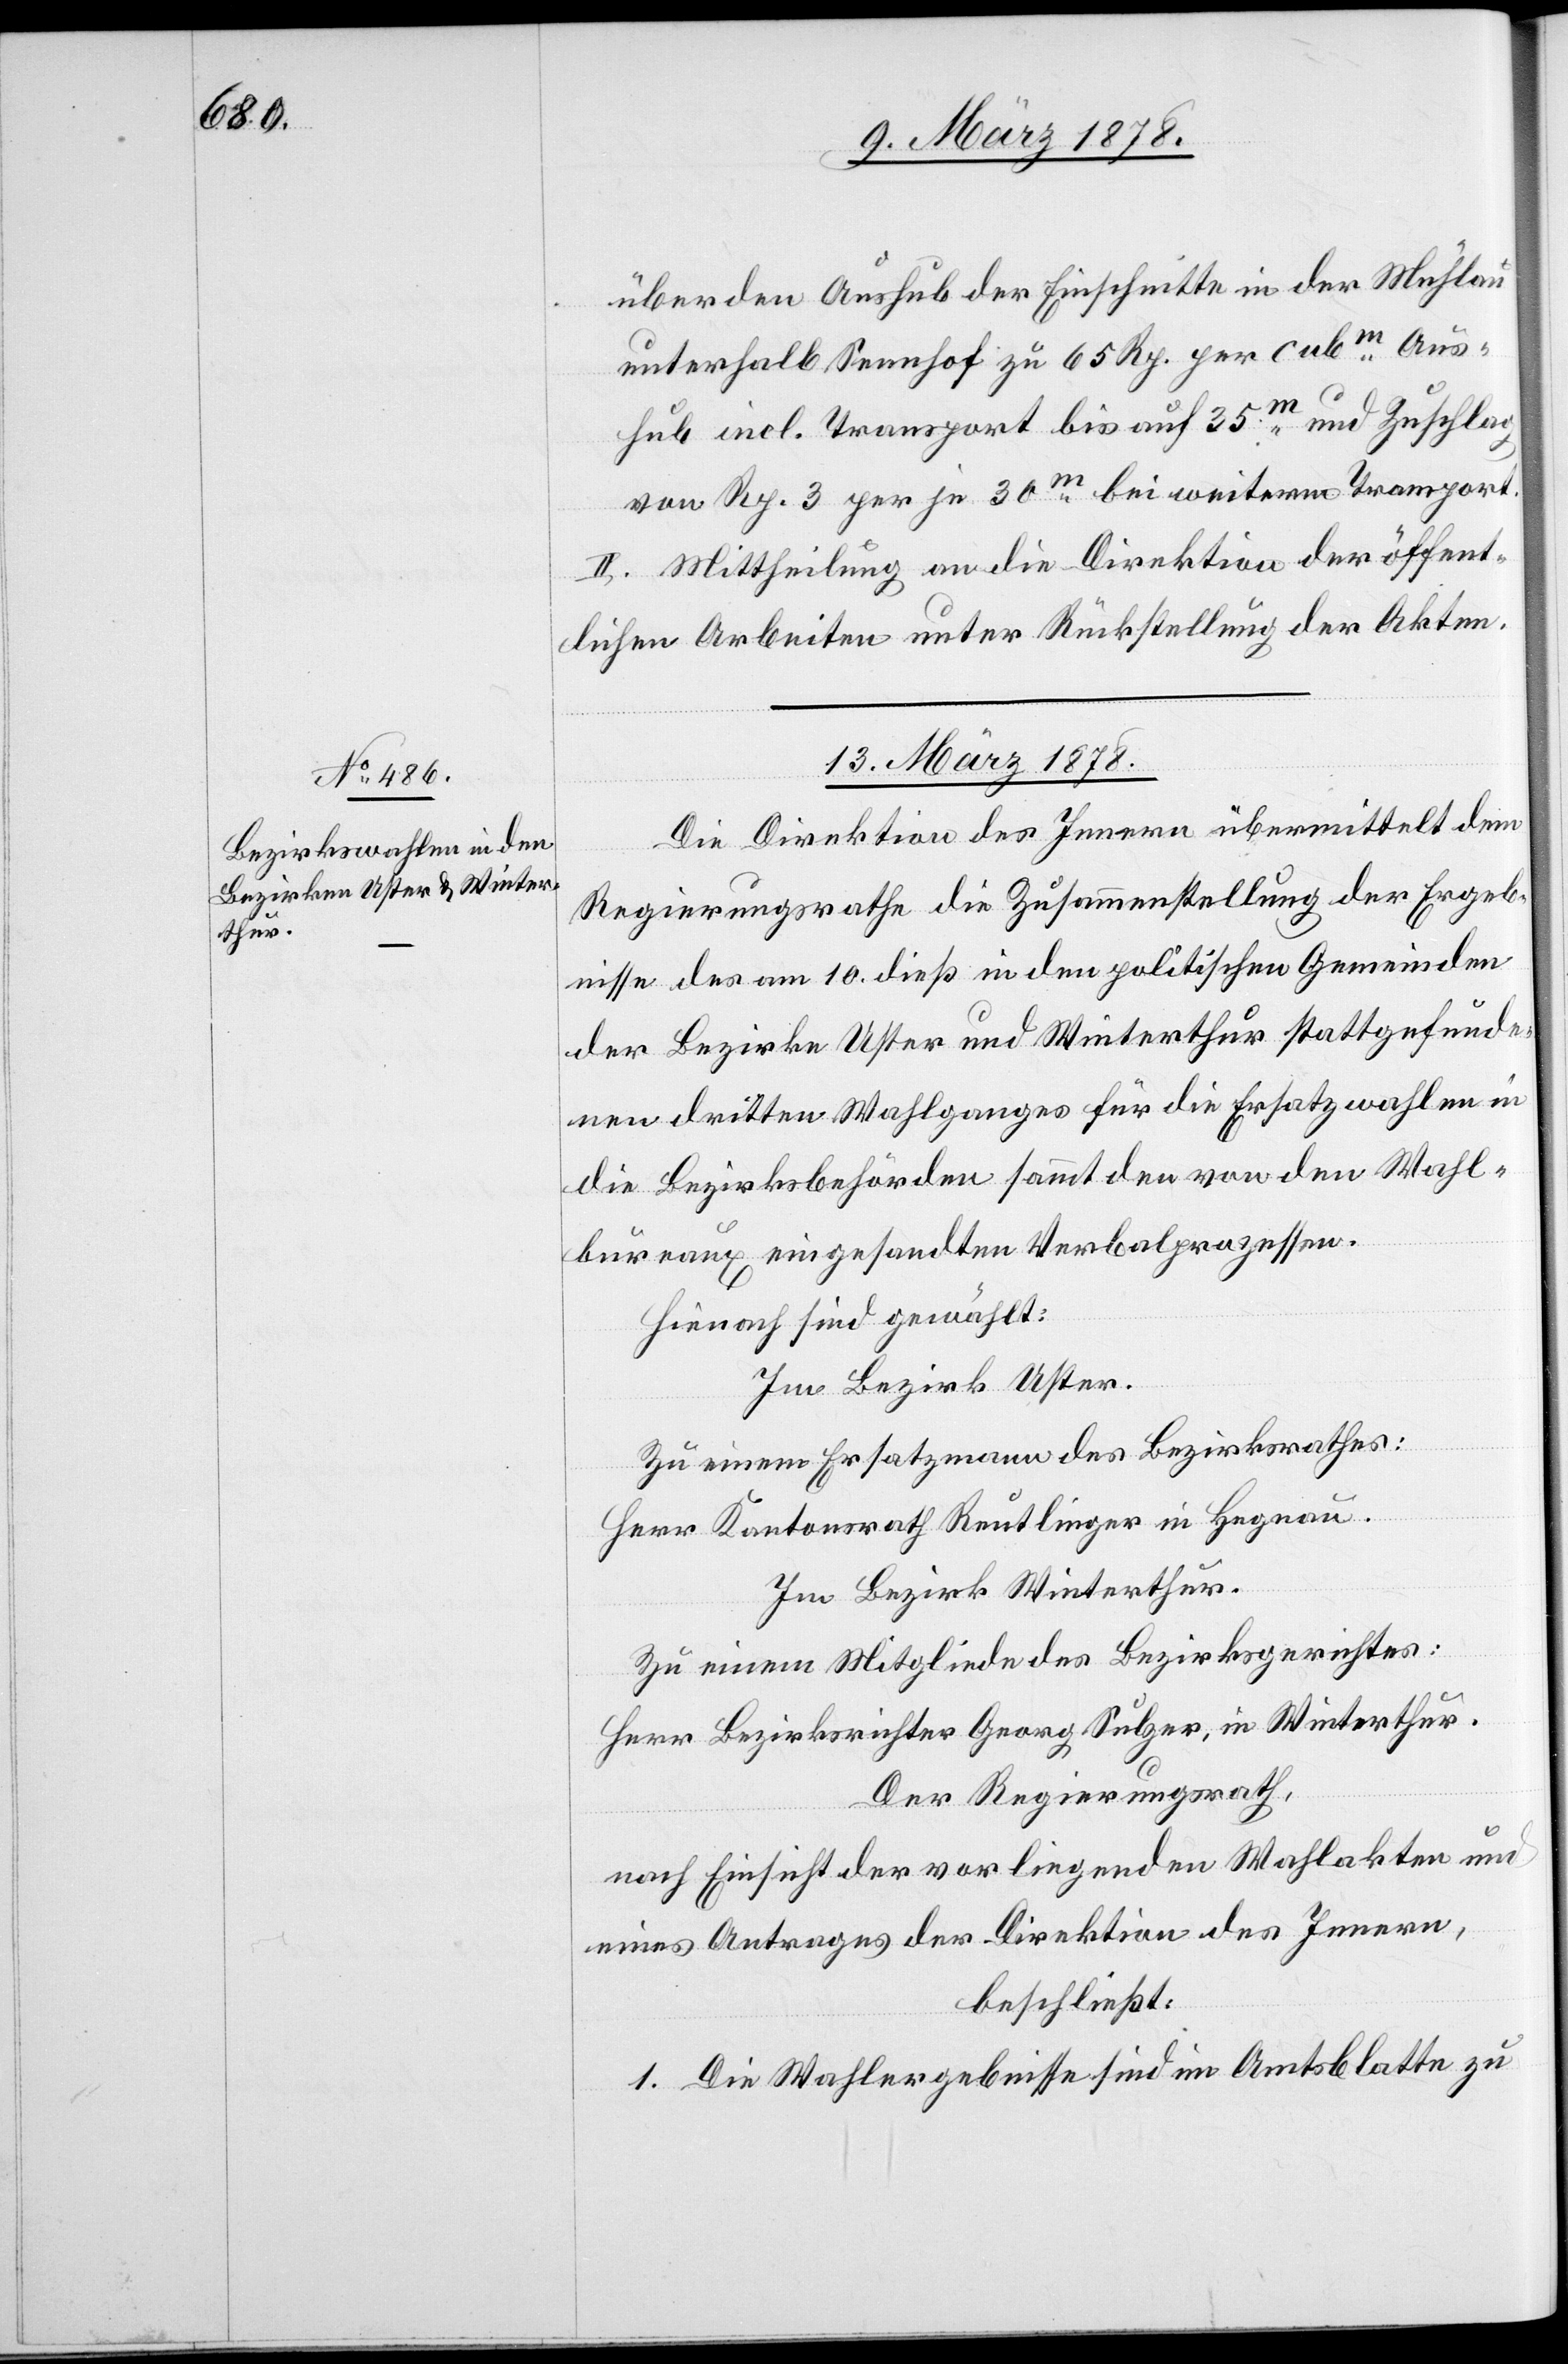
über den Aushub der Einschnitte in der Mühlau
unterhalb Sennhof zu 65 Rp. per cubm Aus¬
hub incl. Transport bis auf 35m und Zuschlag
von Rp. 3 per je 30m bei weiterm Transport.
II. Mittheilung an die Direktion der öffent¬
lichen Arbeiten unter Rückstellung der Akten.
13. März 1878.
Die Direktion des Innern übermittelt dem
Regierungsrath die Zusammenstellung der Ergeb¬
nisse des am 10. dieß in den politischen Gemeinden
der Bezirke Uster und Winterthur stattgefunde¬
nen dritten Wahlganges für die Ersatzwahlen in
die Bezirksbehörden sammt den von den Wahl¬
bureaux eingesandten Verbalprozessen.
Hienach sind gewählt:
Im Bezirk Uster.
Zu einem Ersatzmann des Bezirksrathes:
Herr Kantonsrath Reutlinger in Hegnau.
Im Bezirk Winterthur.
Zu einem Mitgliede des Bezirksgerichtes:
Herr Bezirksrichter Georg Sulzer, in Winterthur.
Der Regierungsrath,
eines Antrages der Direktion des Innern,
beschließt:
1. Die Wahlergebnisse sind im Amtsblatte zu